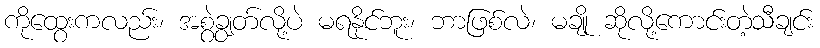
ကိုထွေးကလည်း၊ အစွဲချွတ်လို့ပဲ မရနိုင်ဘူး၊ ဘာဖြစ်လဲ၊ မချို ဆိုလို့ကောင်းတဲ့သီချင်း